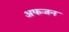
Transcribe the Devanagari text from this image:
अफजन